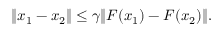
\begin{array} { r } { \| \boldsymbol { x } _ { 1 } - \boldsymbol { x } _ { 2 } \| \le \gamma \| \boldsymbol { F } ( \boldsymbol { x } _ { 1 } ) - \boldsymbol { F } ( \boldsymbol { x } _ { 2 } ) \| . } \end{array}